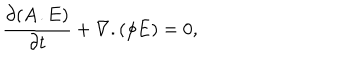
\frac { \partial ( { \bf A } . { \bf E } ) } { \partial t } + \nabla . ( \phi { \bf E } ) = 0 ,